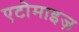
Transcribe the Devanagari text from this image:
एटोमाइज़